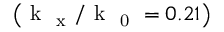
\left( \mathrm { ~ k ~ } _ { \mathrm { ~ x ~ } } / \mathrm { ~ k ~ } _ { \mathrm { ~ 0 ~ } } = 0 . 2 1 \right)